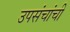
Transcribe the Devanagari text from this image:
उपसंचांची